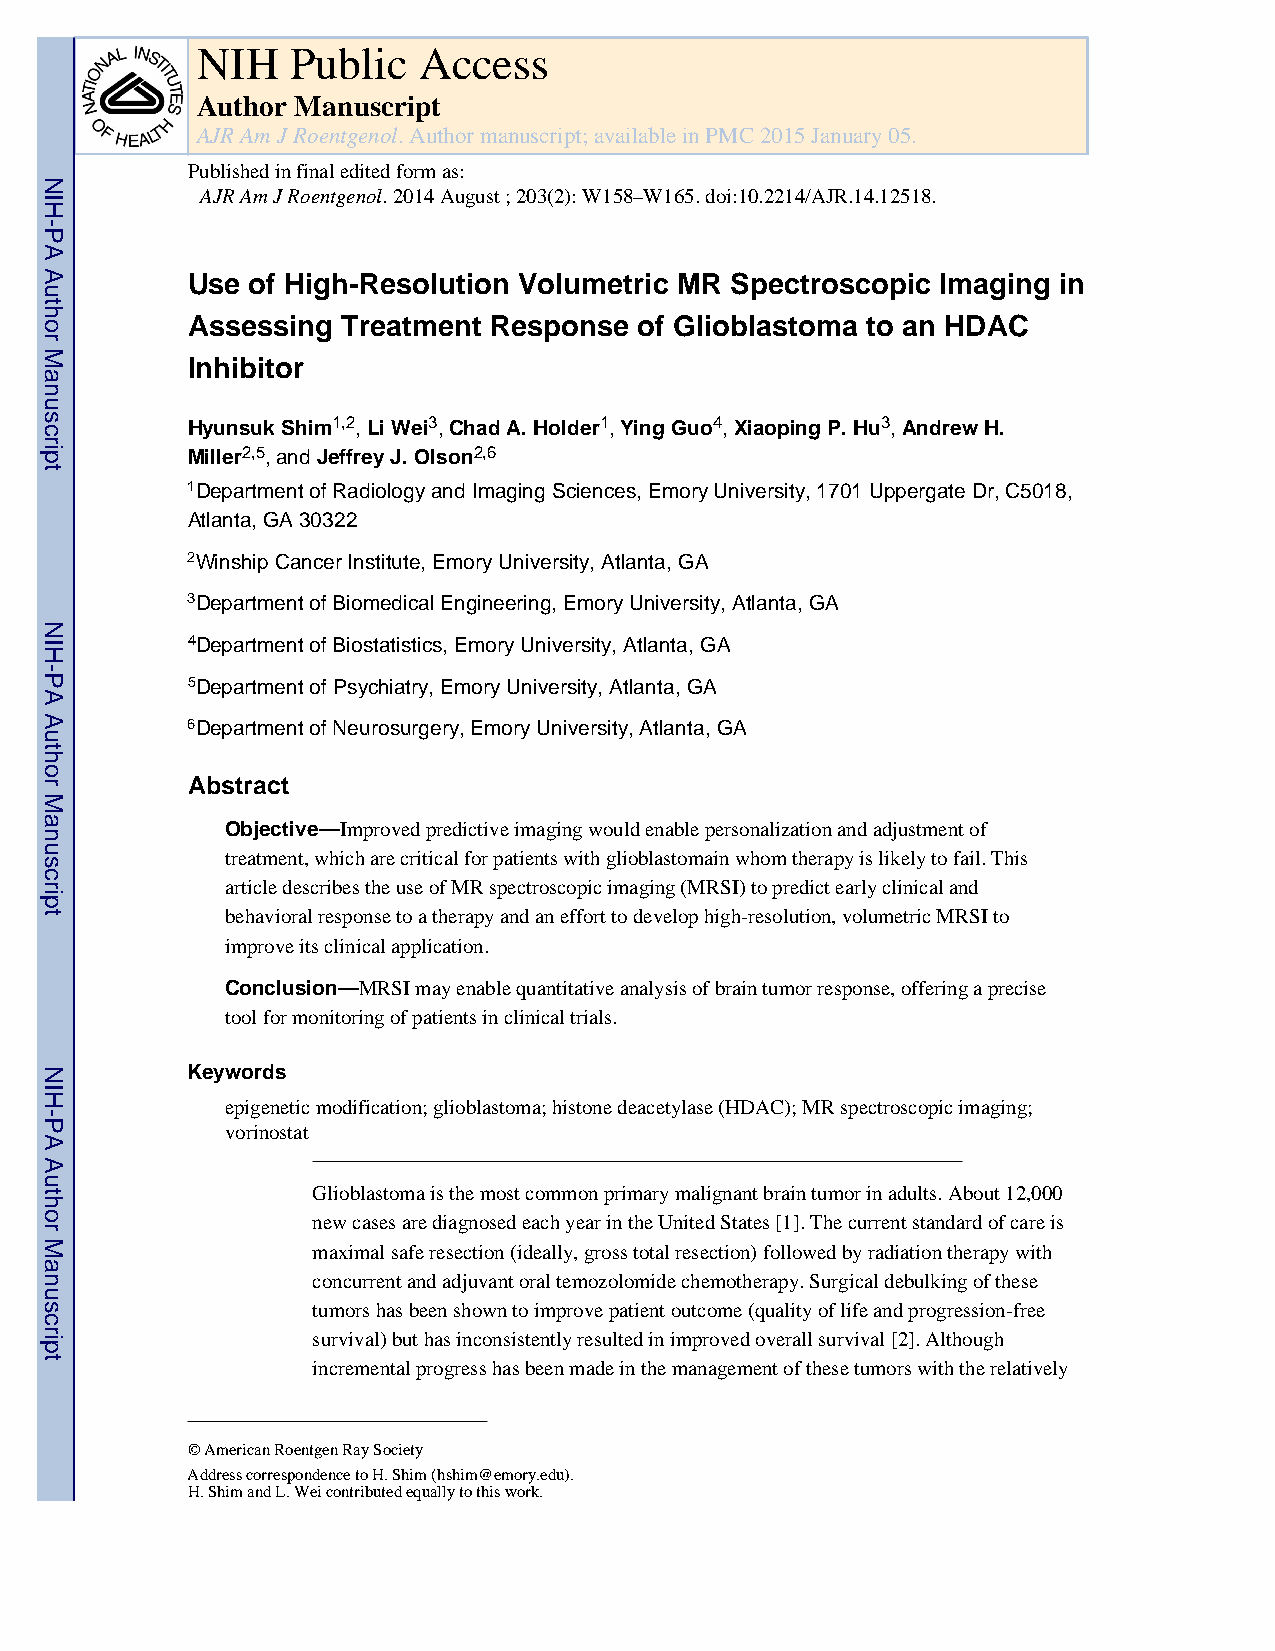
NIH   Public   Access
 Author Manuscript
 AJR Am J Roentgenol. Author manuscript; available in PMC 2015 January 05.
 Published in final edited form as:
 AJR Am J Roentgenol. 2014 August ; 203(2): W158–W165. doi:10.2214/AJR.14.12518.
 Use of High-Resolution Volumetric MR Spectroscopic Imaging in
 Assessing  Treatment Response of Glioblastoma to an HDAC
 Inhibitor
 Hyunsuk Shim1,2, Li Wei3, Chad A. Holder1, Ying Guo4, Xiaoping P. Hu3, Andrew H.
 Miller2,5, and Jeffrey J. Olson2,6
 1Department of Radiology and Imaging Sciences, Emory University, 1701 Uppergate Dr, C5018,
 Atlanta, GA 30322
 2Winship Cancer Institute, Emory University, Atlanta, GA
 3Department of Biomedical Engineering, Emory University, Atlanta, GA
 4Department of Biostatistics, Emory University, Atlanta, GA
 5Department of Psychiatry, Emory University, Atlanta, GA
 6Department of Neurosurgery, Emory University, Atlanta, GA
 Abstract
 Objective—Improved predictive imaging would enable personalization and adjustment of
 treatment, which are critical for patients with glioblastomain whom therapy is likely to fail. This
 article describes the use of MR spectroscopic imaging (MRSI) to predict early clinical and
 behavioral response to a therapy and an effort to develop high-resolution, volumetric MRSI to
 improve its clinical application.
 Conclusion—MRSI may enable quantitative analysis of brain tumor response, offering a precise
 tool for monitoring of patients in clinical trials.
 Keywords
 epigenetic modification; glioblastoma; histone deacetylase (HDAC); MR spectroscopic imaging;
 vorinostat
 Glioblastoma is the most common primary malignant brain tumor in adults. About 12,000
 new cases are diagnosed each year in the United States [1]. The current standard of care is
 maximal safe resection (ideally, gross total resection) followed by radiation therapy with
 concurrent and adjuvant oral temozolomide chemotherapy. Surgical debulking of these
 tumors has been shown to improve patient outcome (quality of life and progression-free
 survival) but has inconsistently resulted in improved overall survival [2]. Although
 incremental progress has been made in the management of these tumors with the relatively
 © American Roentgen Ray Society
 Address correspondence to H. Shim (hshim@emory.edu).
 H. Shim and L. Wei contributed equally to this work.
 NIH-PA
 Author
 Manuscript
 NIH-PA
 Author
 Manuscript
 NIH-PA
 Author
 Manuscript